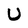
Character: U